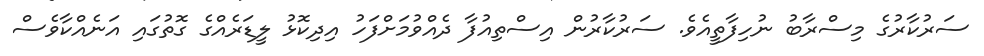
ސަރުކާރުގެ މިސްރާބު ނުހިފާތީއެވެ. ސަރުކާރުން އިސްތިއުފާ ދެއްވުމަށްފަހު އިދިކޮޅު ލީޑަރެއްގެ ގޮތުގައި އަނެއްކާވެސް